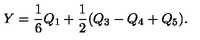
Y = \frac { 1 } { 6 } Q _ { 1 } + \frac { 1 } { 2 } ( Q _ { 3 } - Q _ { 4 } + Q _ { 5 } ) .